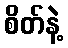
စိတ်နဲ့